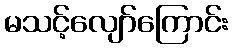
မသင့်လျော်ကြောင်း